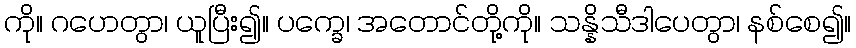
ကို။ ဂဟေတွာ၊ ယူပြီး၍။ ပက္ခေ၊ အတောင်တို့ကို။ သန္နိသီဒါပေတွာ၊ နစ်စေ၍။